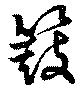
簸